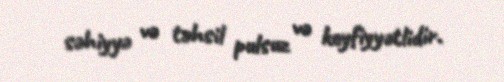
səhiyyə və təhsil pulsuz və keyfiyyətlidir.